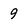
Character: 9